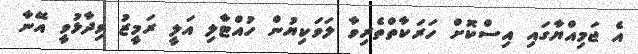
އެ ޖަމިއްޔާގައި އިސްކޮށް ހަރަކާތްތެރިވާ ލަވަކިޔުން ހުއްޓާލި އަލީ ރަމީޒު ވިދާޅުވީ އޭނާ